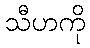
သီဟကို